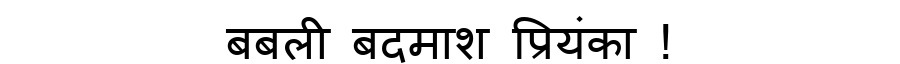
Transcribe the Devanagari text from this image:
बबली बदमाश प्रियंका !